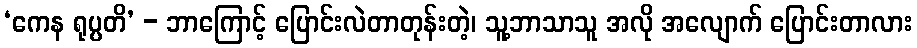
‘ကေန ရုပ္ပတိ’ - ဘာကြောင့် ပြောင်းလဲတာတုန်းတဲ့၊ သူ့ဘာသာသူ အလို အလျောက် ပြောင်းတာလား